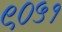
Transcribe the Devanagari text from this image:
९०५१